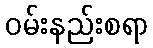
ဝမ်းနည်းစရာ